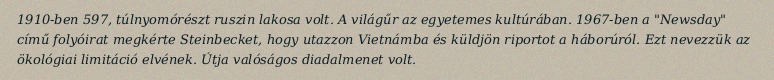
1910-ben 597, túlnyomórészt ruszin lakosa volt. A világűr az egyetemes kultúrában. 1967-ben a "Newsday" című folyóirat megkérte Steinbecket, hogy utazzon Vietnámba és küldjön riportot a háborúról. Ezt nevezzük az ökológiai limitáció elvének. Útja valóságos diadalmenet volt.